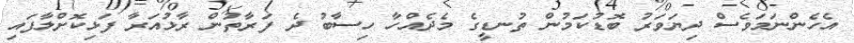
އެހެންނަމަވެސް ދިޔަވަރު ބޮޑުކަމުން ތުނޑީގެ މެދެއްހާ ހިސާބު ދެ ފަރާތުން ރާޅުއަރާ ފަޅިކޮށްލާފައި